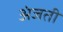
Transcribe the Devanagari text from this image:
अंजती